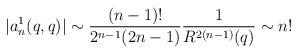
\begin{align*} |a_n^1(q,q)| \sim \frac{(n-1)!}{2^{n-1} (2n-1)} \frac{1}{R^{2(n-1)}(q)} \sim n!\end{align*}